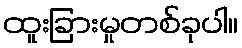
ထူးခြားမှုတစ်ခုပါ။